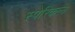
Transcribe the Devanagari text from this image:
स्पेरिकल